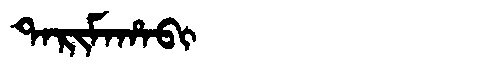
Manchu: ᡨᠠᡵᡳᠮᠠᡥᠠᠪᡳ
Romanization: TARIMAHABI